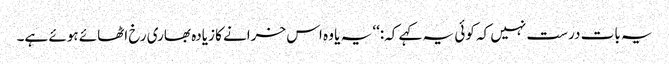
یہ بات درست نہیں کہ کوئی یہ کہے کہ:‘‘ یہ یا وہ اس خرانے کا زیادہ بھاری رخ اٹھائے ہوئے ہے۔